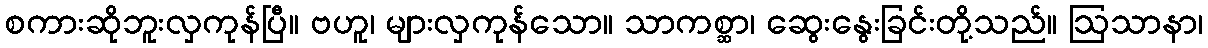
စကားဆိုဘူးလှကုန်ပြီ။ ဗဟူ၊ များလှကုန်သော။ သာကစ္ဆာ၊ ဆွေးနွေးခြင်းတို့သည်။ ဩသာနာ၊